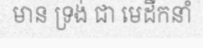
មាន ទ្រង់ ជា មេដឹកនាំ